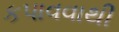
કપાવવાથી